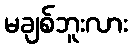
မချစ်ဘူးလား